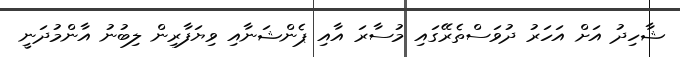
ޝާހިދު އަށް އަހަރު ދުވަސްތެރޭގައި މުސާރަ އާއި ޕެންޝަނާއި ވިޔަފާރިން ލިބުނު އާންމުދަނީ